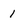
Character: 1